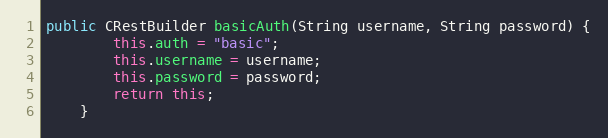
Language: Java
public CRestBuilder basicAuth(String username, String password) {
        this.auth = "basic";
        this.username = username;
        this.password = password;
        return this;
    }